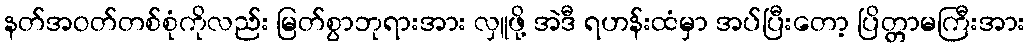
နတ်အဝတ်တစ်စုံကိုလည်း မြတ်စွာဘုရားအား လှူဖို့ အဲဒီ ရဟန်းထံမှာ အပ်ပြီးတော့ ပြိတ္တာမကြီးအား